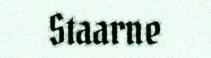
Staarne